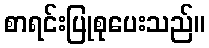
စာရင်းပြုစုပေးသည်။